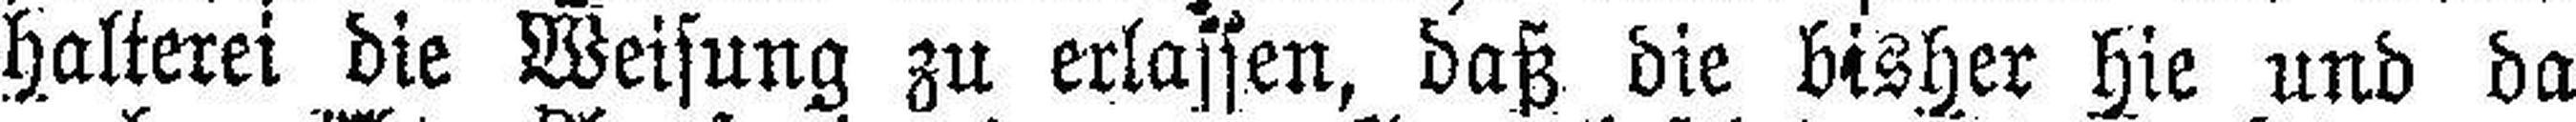
halterei die Weisung zu erlassen, daß die bisher hie und da